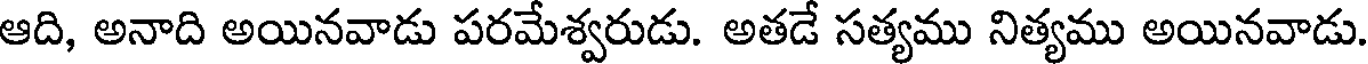
ఆది, అనాది అయినవాడు పరమేశ్వరుడు. అతడే సత్యము నిత్యము అయినవాడు.